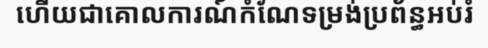
ហើយជាគោលការណ៍កំណែទម្រង់ប្រព័ន្ធអប់រំ